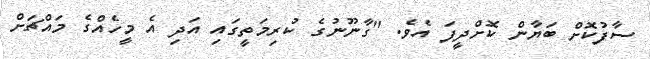
ސާފުކޮށް ބަޔާން ކޮށްދީފަ އެވެ. "ގާނޫނުގެ ކުރިމަތީގައި އަދި އެ މީހެއްގެ މައްޗަށް